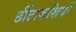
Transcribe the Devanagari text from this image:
छींटाकशियों